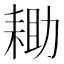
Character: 耡